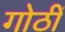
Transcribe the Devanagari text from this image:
गोठीं